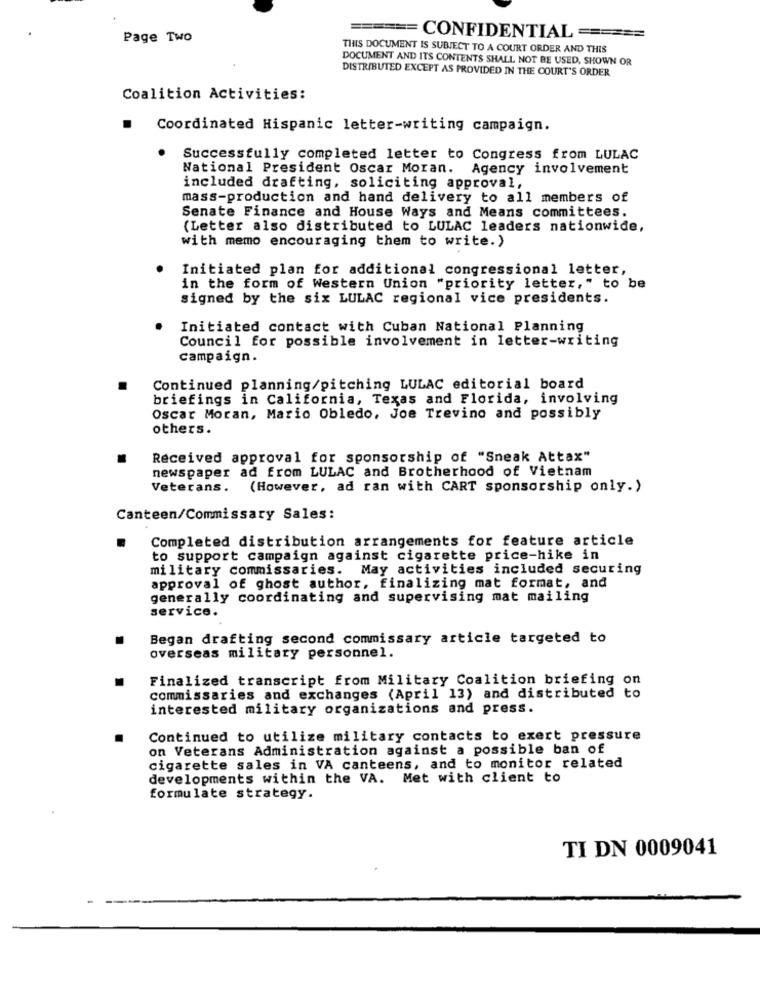
Page Two
====== CONFIDENTIAL ====
THIS DOCUMENT IS SUBJECT TO A COURT ORDER AND THIS
DOCUMENT AND ITS CONTENTS SHALL NOT BE USED, SHOWN OR
DISTRIBUTED EXCEPT AS PROVIDED IN THE COURT'S ORDER
Coalition Activities:
.
Coordinated Hispanic letter-writing campaign.
Successfully completed letter to Congress from LULAC
National President Oscar Moran. Agency involvement
included drafting, soliciting approval,
mass-production and hand delivery to all members of
Senate Finance and House Ways and Means committees.
(Letter also distributed to LULAC leaders nationwide,
with memo encouraging them to write.)
Initiated plan for additional congressional letter,
in the form of Western Union "priority letter," to be
signed by the six LULAC regional vice presidents.
Initiated contact with Cuban National Planning
Council for possible involvement in letter-writing
campaign.
Continued planning/pitching LULAC editorial board
briefings in California, Texas and Florida, involving
Oscar Moran, Mario Obledo, Joe Trevino and possibly
others.
Received approval for sponsorship of "Sneak Attax"
newspaper ad from LULAC and Brotherhood of Vietnam
Veterans.
(However, ad ran with CART sponsorship only.)
Canteen/Commissary Sales:
Completed distribution arrangements for feature article
to support campaign against cigarette price-hike in
military commissaries. May activities included securing
approval of ghost author, finalizing mat format, and
generally coordinating and supervising mat mailing
service.
Began drafting second commissary article targeted to
overseas military personnel.
Finalized transcript from Military Coalition briefing on
commissaries and exchanges (April 13) and distributed to
interested military organizations and press.
Continued to utilize military contacts to exert pressure
on Veterans Administration against a possible ban of
cigarette sales in VA canteens, and to monitor related
developments within the VA. Met with client to
formulate strategy.
TI DN 0009041